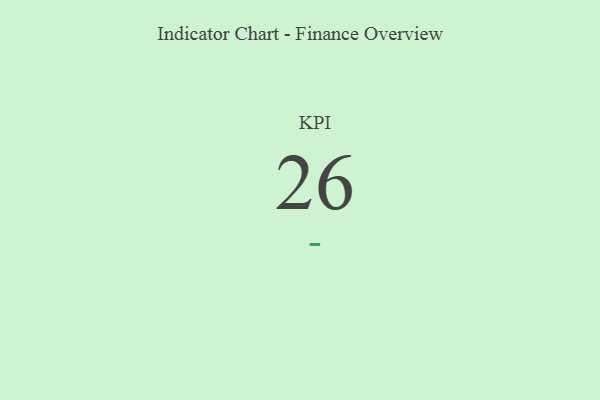
{"axis": {"x": "KPI", "y": "Value"}, "legend": [""], "data": [{"x": "KPI", "y": 26, "type": ""}]}